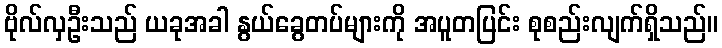
ဗိုလ်လှဦးသည် ယခုအခါ နွယ်ခွေတပ်များကို အပူတပြင်း စုစည်းလျက်ရှိသည်။